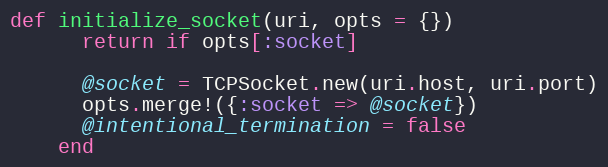
Language: Ruby
def initialize_socket(uri, opts = {})
      return if opts[:socket]

      @socket = TCPSocket.new(uri.host, uri.port)
      opts.merge!({:socket => @socket})
      @intentional_termination = false
    end